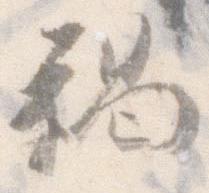
褐